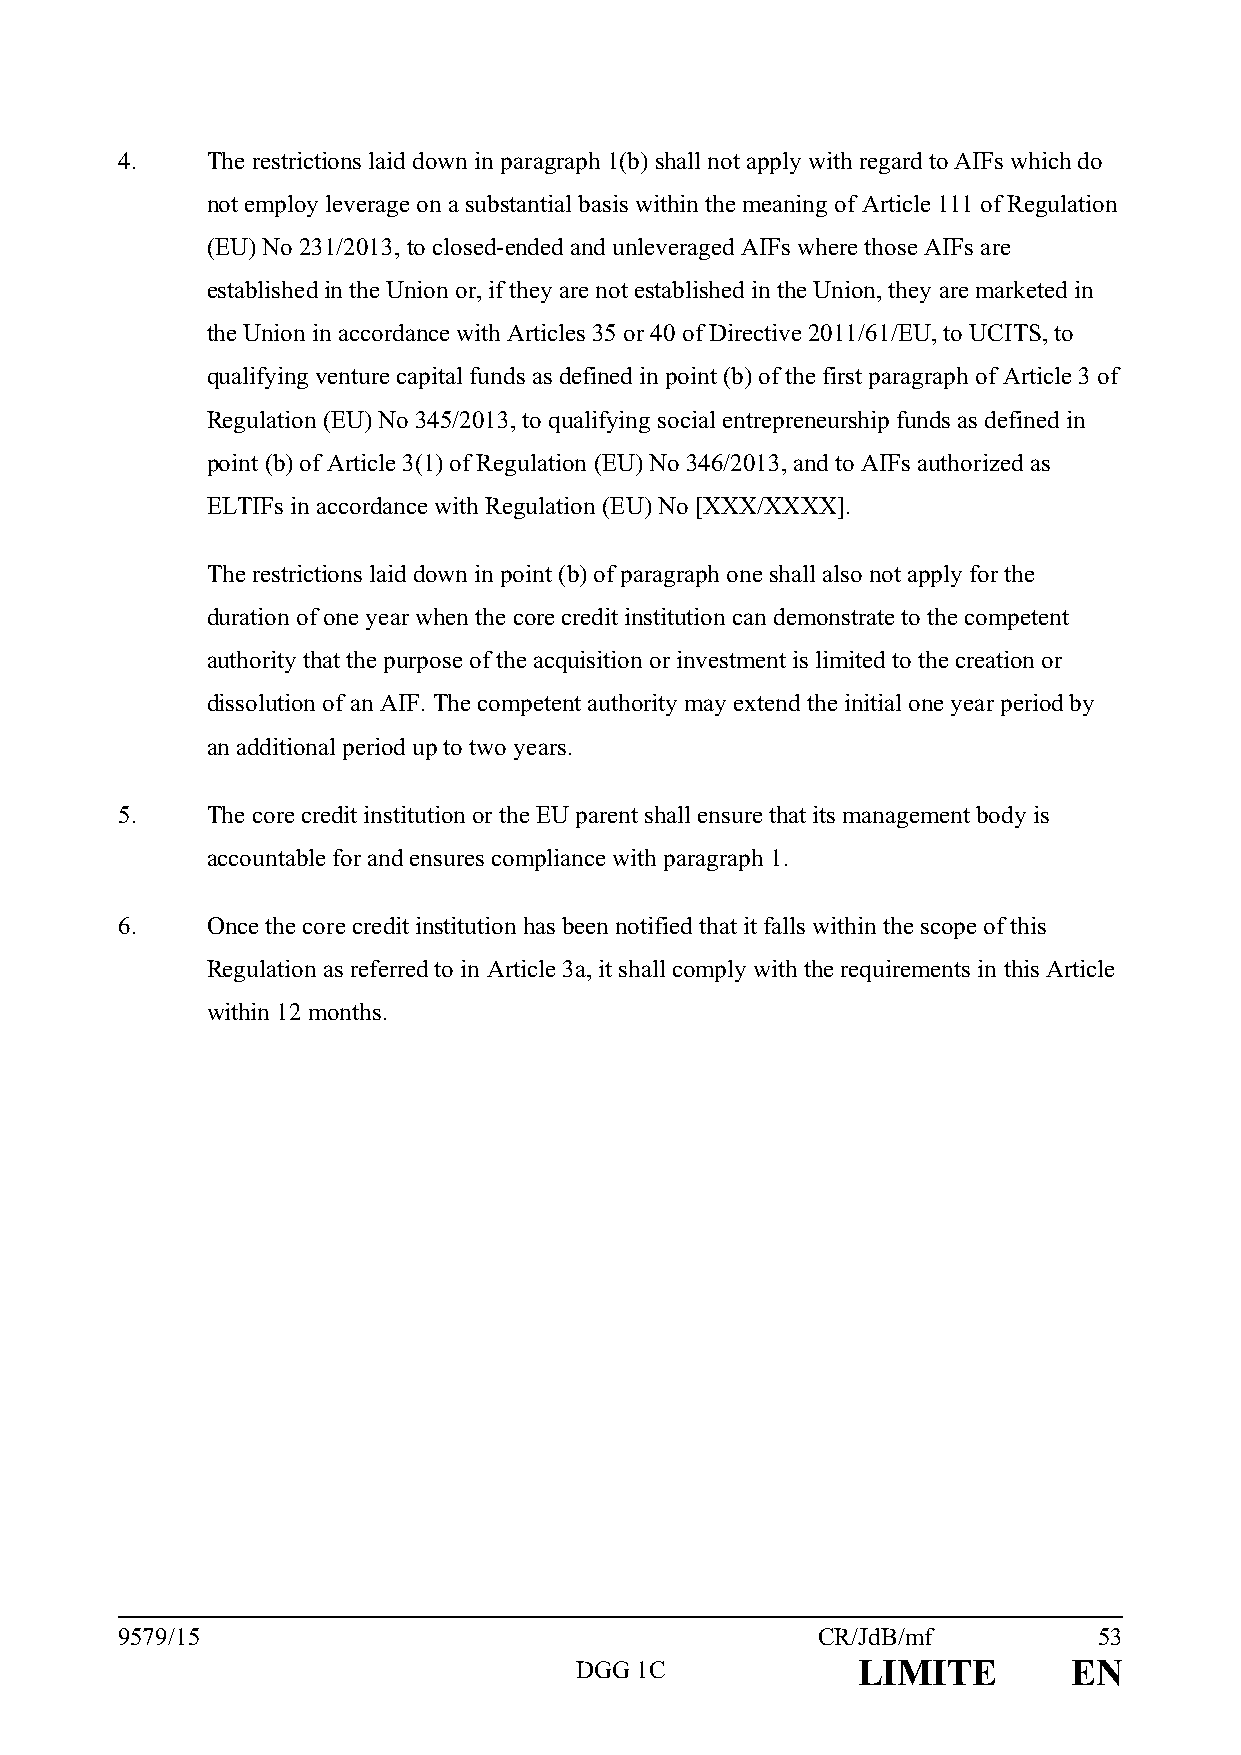
4.    The restrictions laid down in paragraph 1(b) shall not apply with regard to AIFs which do
 not employ leverage on a substantial basis within the meaning of Article 111 of Regulation
 (EU) No 231/2013, to closed-ended and unleveraged AIFs where those AIFs are
 established in the Union or, if they are not established in the Union, they are marketed in
 the Union in accordance with Articles 35 or 40 of Directive 2011/61/EU, to UCITS, to
 qualifying venture capital funds as defined in point (b) of the first paragraph of Article 3 of
 Regulation (EU) No 345/2013, to qualifying social entrepreneurship funds as defined in
 point (b) of Article 3(1) of Regulation (EU) No 346/2013, and to AIFs authorized as
 ELTIFs in accordance with Regulation (EU) No [XXX/XXXX].
 The restrictions laid down in point (b) of paragraph one shall also not apply for the
 duration of one year when the core credit institution can demonstrate to the competent
 authority that the purpose of the acquisition or investment is limited to the creation or
 dissolution of an AIF. The competent authority may extend the initial one year period by
 an additional period up to two years.
 5.    The core credit institution or the EU parent shall ensure that its management body is
 accountable for and ensures compliance with paragraph 1.
 6.    Once the core credit institution has been notified that it falls within the scope of this
 Regulation as referred to in Article 3a, it shall comply with the requirements in this Article
 within 12 months.
 9579/15                                       CR/JdB/mf          53
 DGG 1C             LIMITE        EN